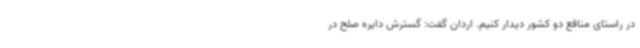
در راستای منافع دو کشور دیدار کنیم. اردان گفت: گسترش دایره صلح در